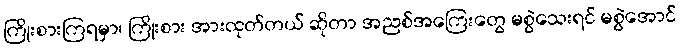
ကြိုးစားကြရမှာ၊ ကြိုးစား အားထုတ်တယ် ဆိုတာ အညစ်အကြေးတွေ မစွဲသေးရင် မစွဲအောင်